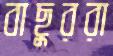
বাছুররা